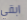
ابقي